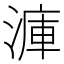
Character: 𣹫